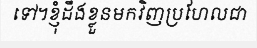
ទៅ។ខ្ញុំដឹងខ្លួនមកវិញប្រហែលជា